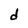
Character: d